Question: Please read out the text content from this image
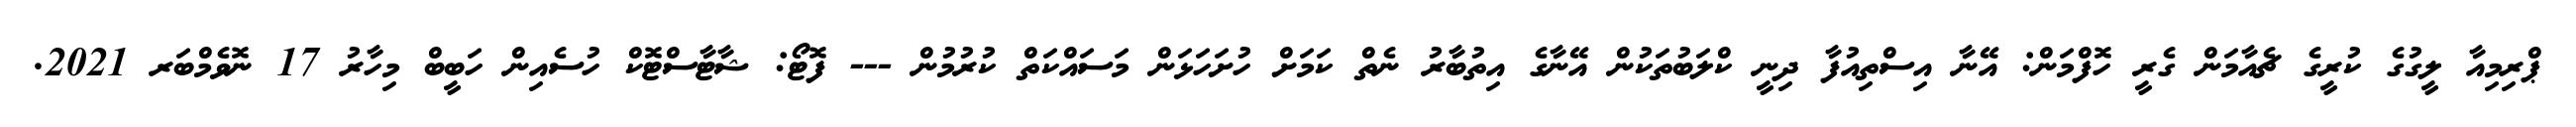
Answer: ޕްރިމިއާ ލީގުގެ ކުރީގެ ޗެއާމަން ގެރީ ހޮފްމަން: އޭނާ އިސްތިއުފާ ދިނީ ކްލަބުތަކުން އޭނާގެ އިތުބާރު ނެތް ކަމަށް ހުށަހަޅަން މަސައްކަތް ކުރުމުން --- ފޮޓޯ: ޝާޓާސްޓޮކް ހުސެއިން ހަބީބް މިހާރު 17 ނޮވެމްބަރ 2021.